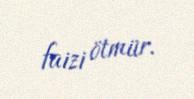
faizi ötmür.